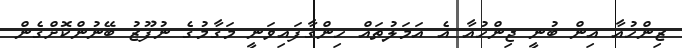
ޒިންހުއާ އިން ބުނީ ޖިންހުއާ އެ އަމަލުތައް ހިންގާފައިވަނީ މަގާމުގެ ނުފޫޒު ބޭނުންކޮށްގެން